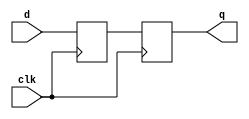
module d_flip_flop_delay (
    input wire d,
    input wire clk,
    output reg q
);

reg d_delayed; // Delayed version of input d

// Delay element
always @(posedge clk)
    d_delayed <= d; // Delay input d by one clock cycle

// D flip-flop
always @(posedge clk)
    q <= d_delayed; // Output q changes on rising edge of clock signal

endmodule